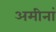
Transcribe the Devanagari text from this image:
अमीनां